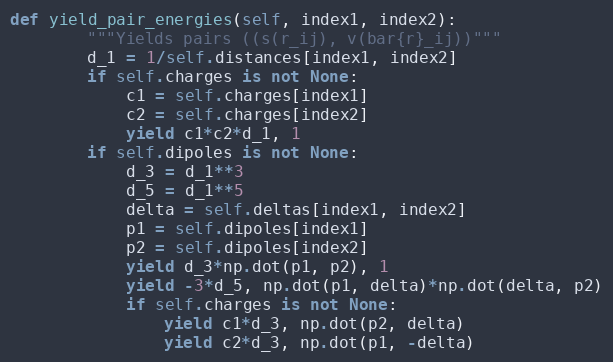
Language: Python
def yield_pair_energies(self, index1, index2):
        """Yields pairs ((s(r_ij), v(bar{r}_ij))"""
        d_1 = 1/self.distances[index1, index2]
        if self.charges is not None:
            c1 = self.charges[index1]
            c2 = self.charges[index2]
            yield c1*c2*d_1, 1
        if self.dipoles is not None:
            d_3 = d_1**3
            d_5 = d_1**5
            delta = self.deltas[index1, index2]
            p1 = self.dipoles[index1]
            p2 = self.dipoles[index2]
            yield d_3*np.dot(p1, p2), 1
            yield -3*d_5, np.dot(p1, delta)*np.dot(delta, p2)
            if self.charges is not None:
                yield c1*d_3, np.dot(p2, delta)
                yield c2*d_3, np.dot(p1, -delta)